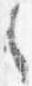
之